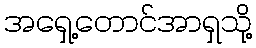
အရှေ့တောင်အာရှသို့